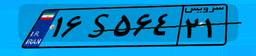
۱۶S۵۶۴۲۱